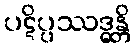
ပဋိပ္ပဿဒ္ဓန္တိ